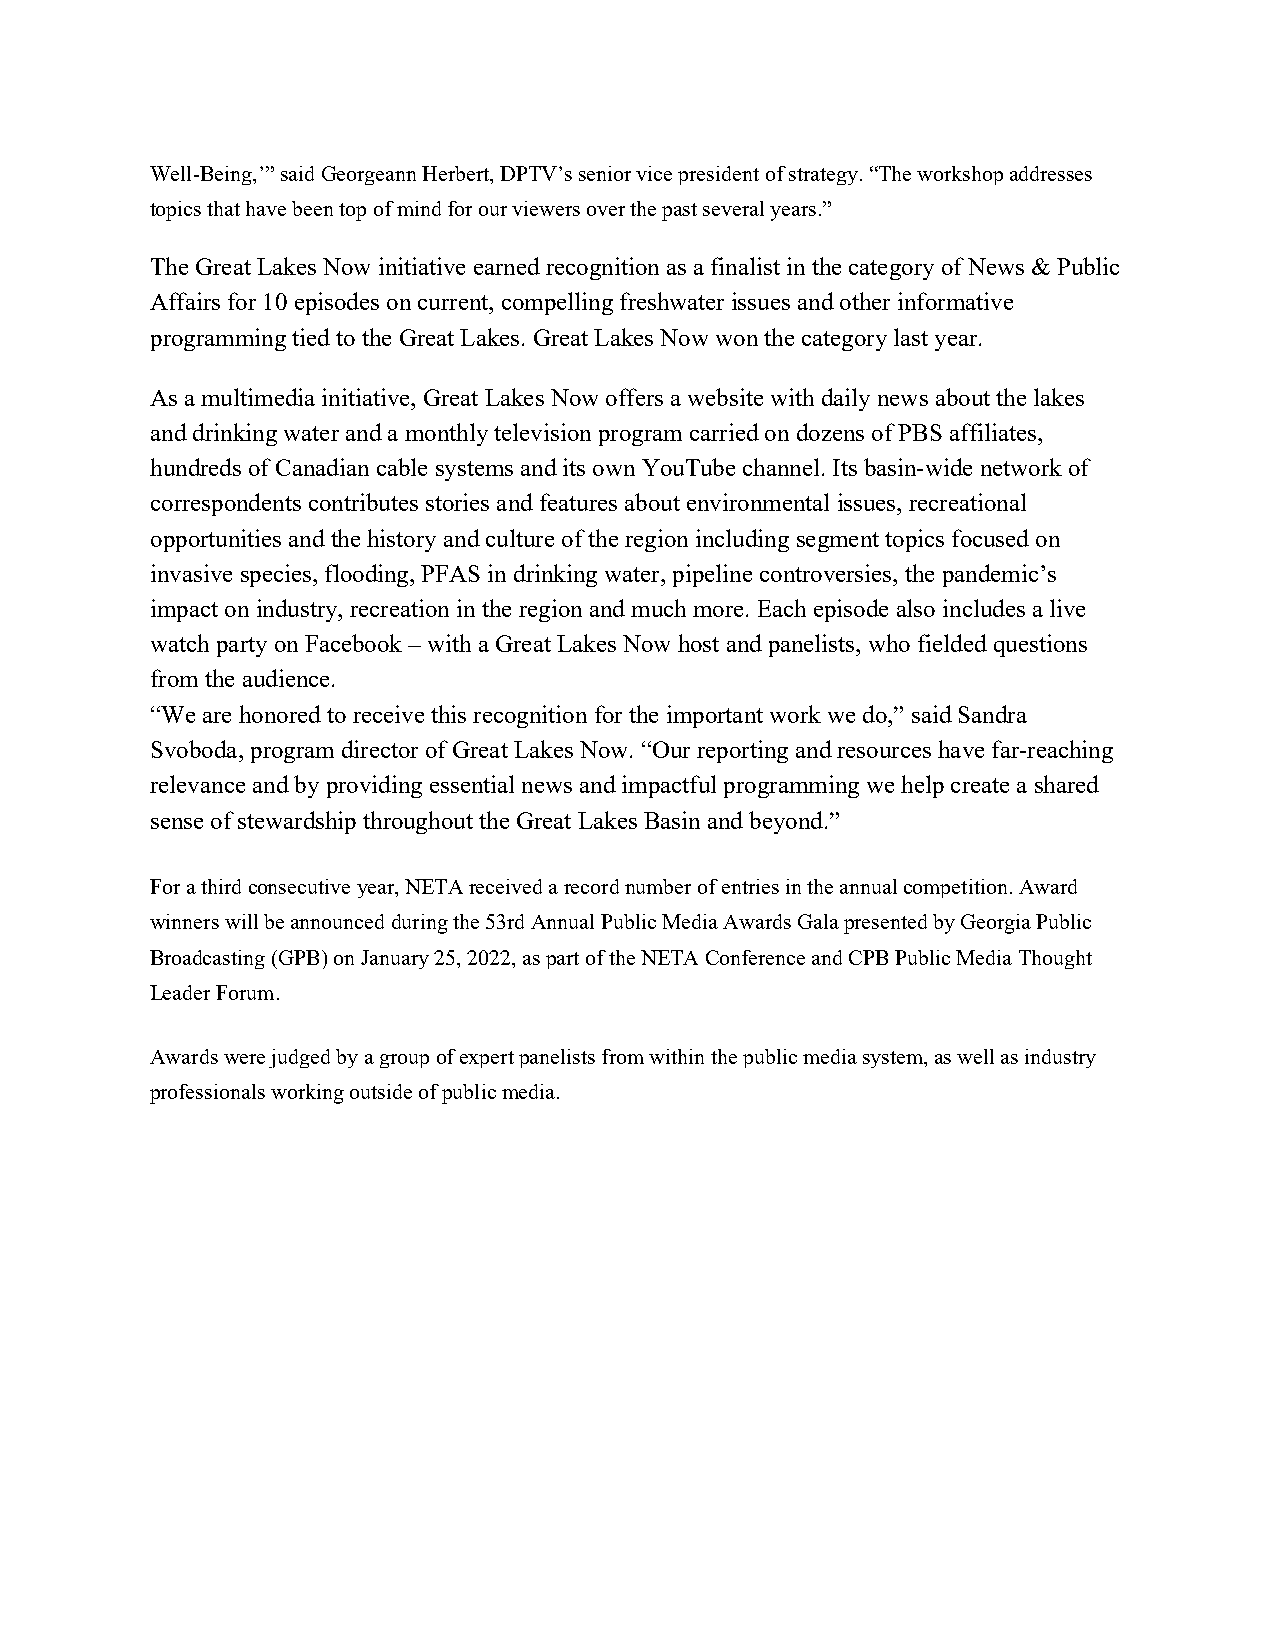
Well-Being,’” said Georgeann Herbert, DPTV’s senior vice president of strategy. “The workshop addresses
 topics that have been top of mind for our viewers over the past several years.”
 The Great Lakes Now initiative earned recognition as a finalist in the category of News & Public
 Affairs for 10 episodes on current, compelling freshwater issues and other informative
 programming tied to the Great Lakes. Great Lakes Now won the category last year.
 As a multimedia initiative, Great Lakes Now offers a website with daily news about the lakes
 and drinking water and a monthly television program carried on dozens of PBS affiliates,
 hundreds of Canadian cable systems and its own YouTube channel. Its basin-wide network of
 correspondents contributes stories and features about environmental issues, recreational
 opportunities and the history and culture of the region including segment topics focused on
 invasive species, flooding, PFAS in drinking water, pipeline controversies, the pandemic’s
 impact on industry, recreation in the region and much more. Each episode also includes a live
 watch party on Facebook – with a Great Lakes Now host and panelists, who fielded questions
 from the audience.
 “We are honored to receive this recognition for the important work we do,” said Sandra
 Svoboda, program director of Great Lakes Now. “Our reporting and resources have far-reaching
 relevance and by providing essential news and impactful programming we help create a shared
 sense of stewardship throughout the Great Lakes Basin and beyond.”
 For a third consecutive year, NETA received a record number of entries in the annual competition. Award
 winners will be announced during the 53rd Annual Public Media Awards Gala presented by Georgia Public
 Broadcasting (GPB) on January 25, 2022, as part of the NETA Conference and CPB Public Media Thought
 Leader Forum.
 Awards were judged by a group of expert panelists from within the public media system, as well as industry
 professionals working outside of public media.